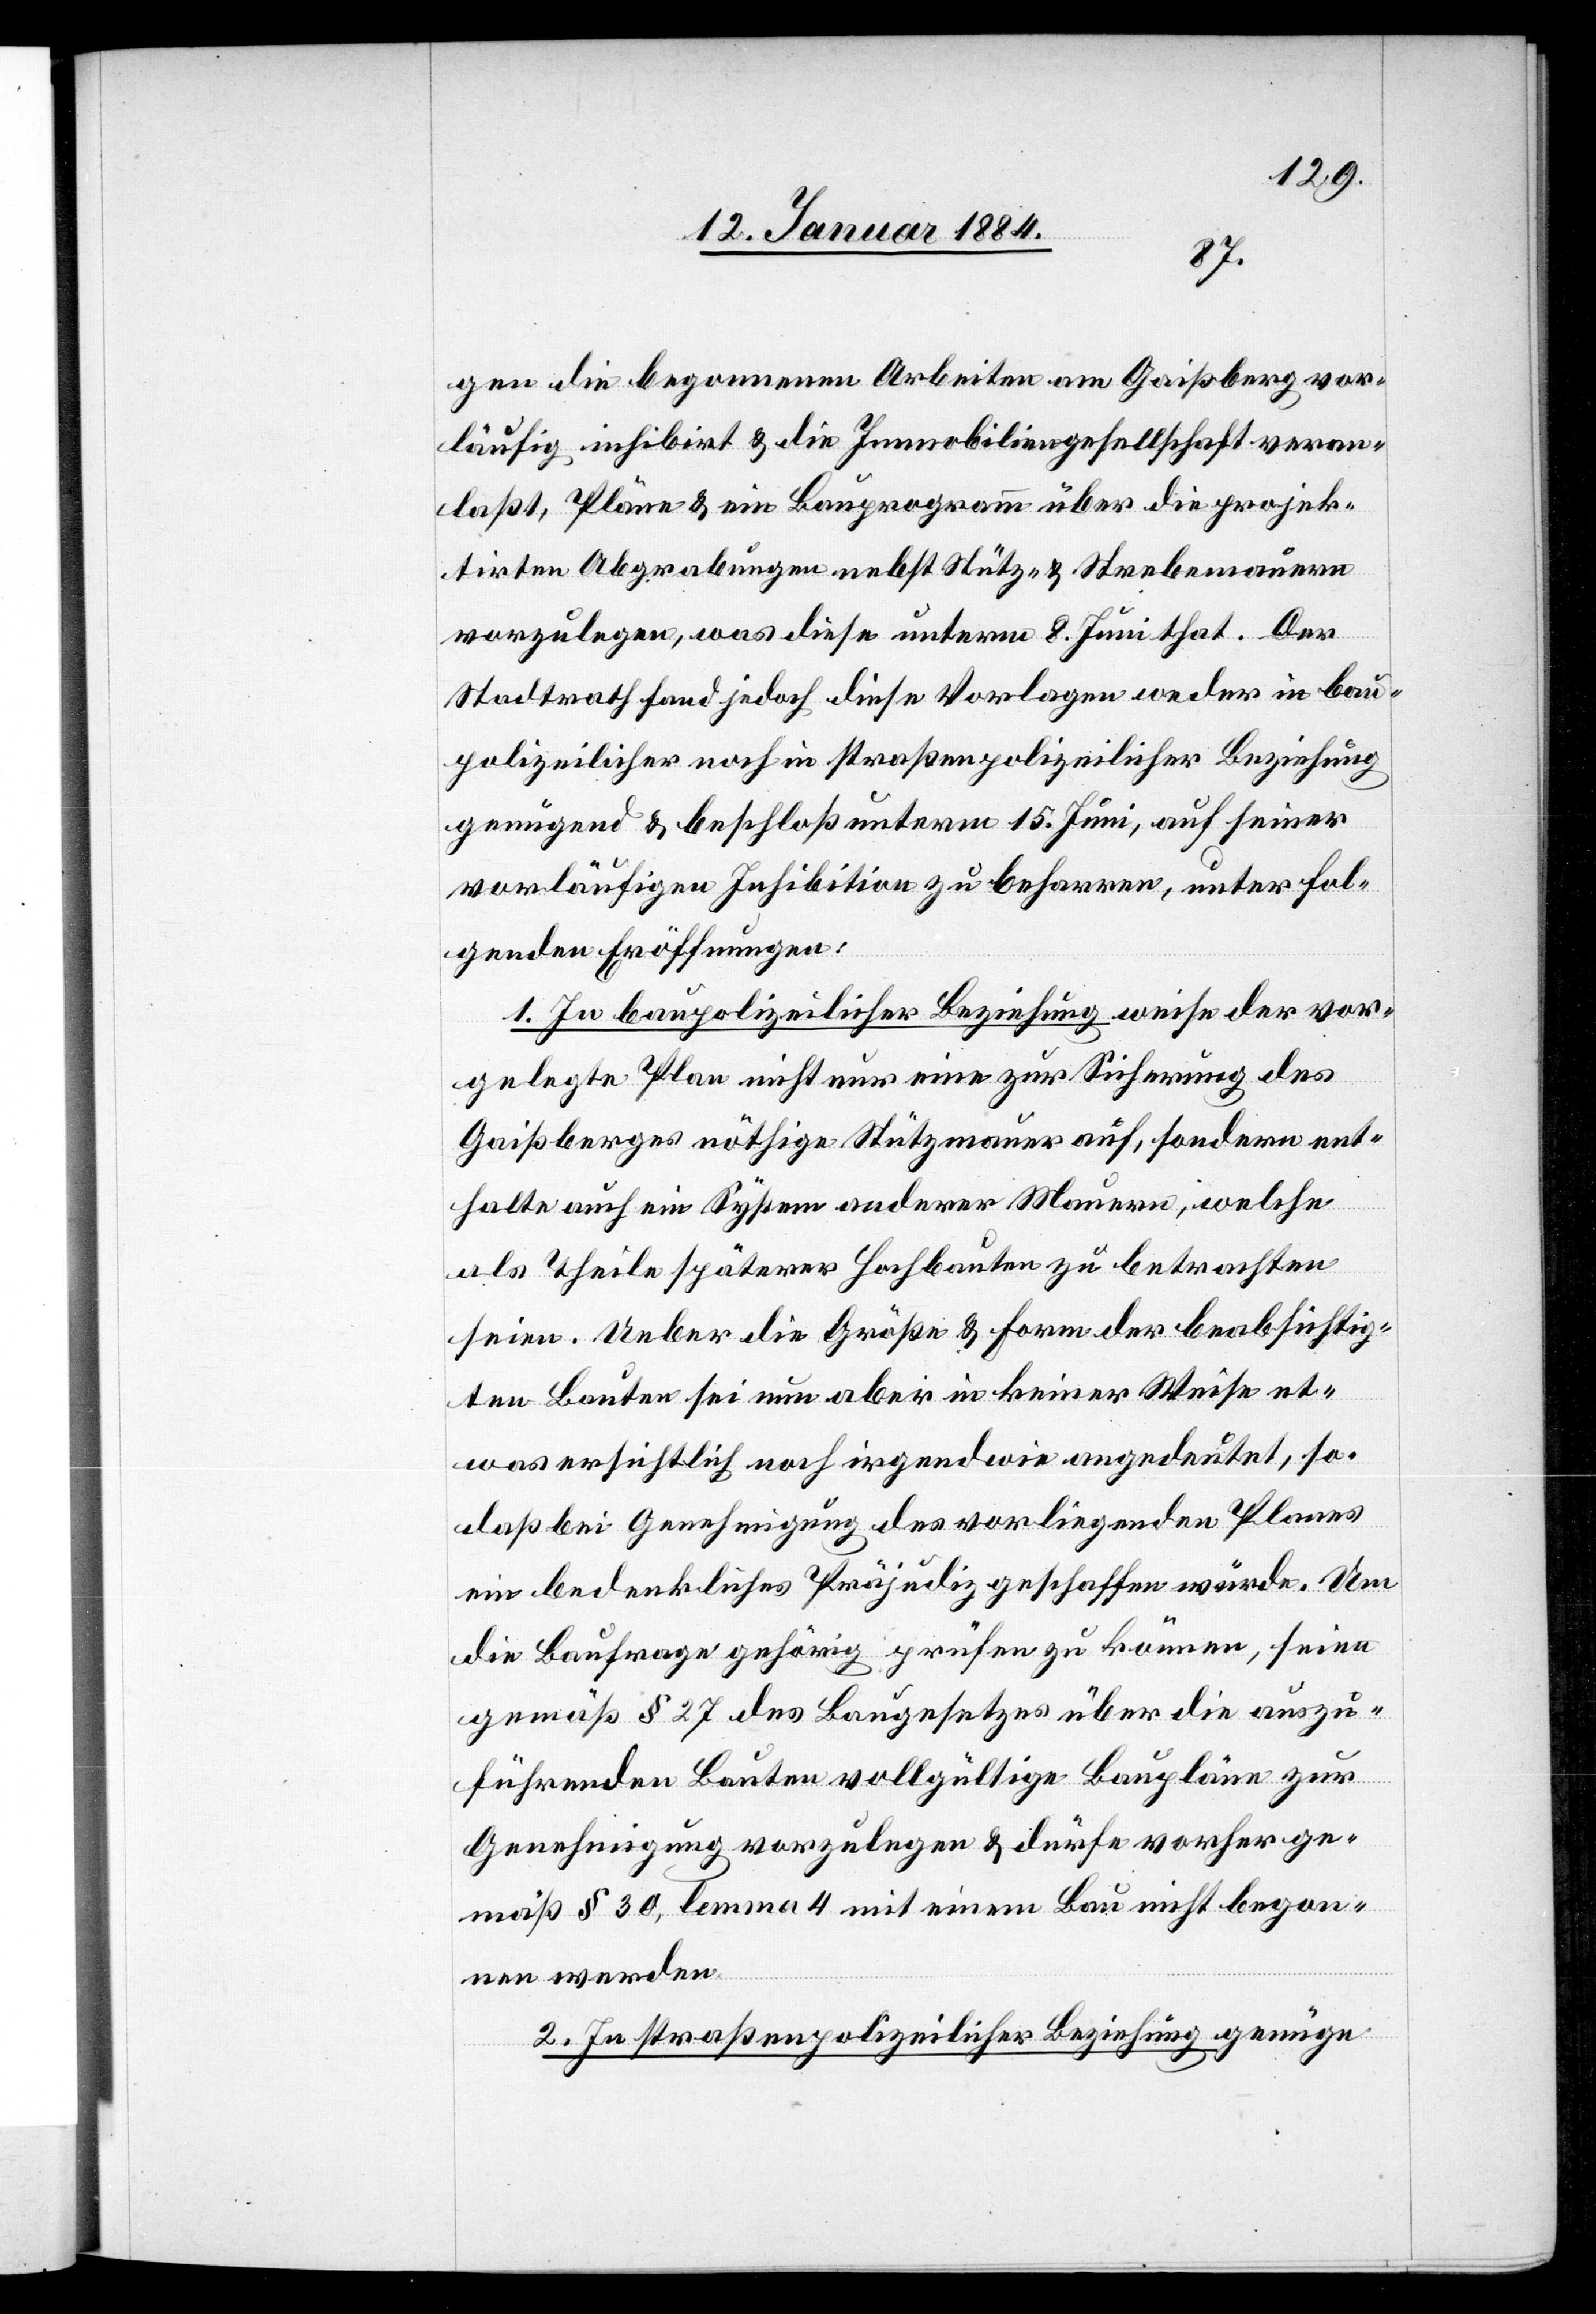
gen die begonnenen Arbeiten am Gaißberg vor¬
läufig inhibirt & die Immobiliengesellschaft veran¬
laßt, Pläne & ein Bauprogramm über die projek¬
tirten Abgrabungen nebst Stütz- & Strebenraum
vorzulegen, was diese unterm 8. Juni that. Der
Stadtrath fand jedoch diese Vorlagen weder in bau¬
polizeilicher noch in straßenpolizeilicher Beziehung
genügend & beschloß unterm 15. Juni, auf seiner
vorläufigen Inhibition zu beharren, unter fol¬
genden Eröffnungen:
1. In baupolizeilicher Beziehung weise der vor¬
gelegte Plan nicht nur eine zur Sicherung des
Gaißberges nöthige Stützmauer auf, sondern ent¬
halte auch ein System anderer Mauern, welche
als Theile späterer Hochbauten zu betrachten
seien. Weder die Größe & Form der beabsichtig¬
ten Bauten sei nun aber in keiner Weise et¬
was ersichtlich noch irgendwie angedeutet, so¬
daß bei Genehmigung des vorliegenden Planes
ein bedenkliches Präjudiz geschaffen würde. Um
die Baufrage gehörig prüfen zu können, seien
gemäß § 28 des Baugesetzes über die auszu¬
führenden Bauten vollgültige Baupläne zur
Genehmigung vorzulegen & dürfe vorher ge¬
mäß § 30, lemma 4 mit einem Bau nicht begon¬
nen werden.
2. In straßenbaupolizeilicher Beziehung genüge